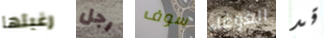
رغبتها رجل سوف الغوغاء قد